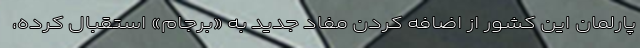
پارلمان این کشور از اضافه کردن مفاد جدید به «برجام» استقبال کرده،